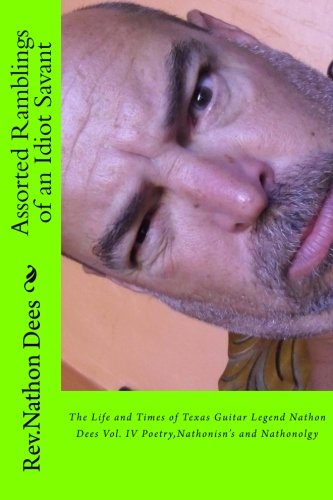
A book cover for Assorted Ramblings of an Idiot Savant: The Life and Times of Texas guitar Legend Nathobn Dees Vol. IV Poetry,Nathonisn's and Nathonolgy (The life and Times of Texas Guitar Legend Nathon Dees); Rev Nathon Q Dees; Teen & Young Adult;